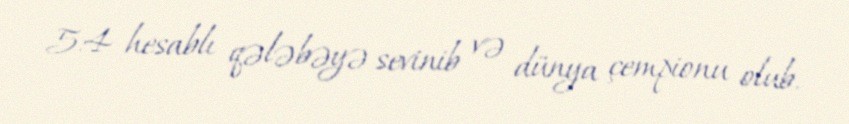
5:4 hesablı qələbəyə sevinib və dünya çempionu olub.